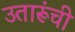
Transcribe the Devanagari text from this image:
उतारूंची